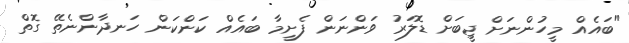
"ބައެއް މީހުންނަށް ޖީބަށް ޑޮލަރު ވަންނަން ފެށީމާ ބައެއް ކަންކަން ހަނދާންނެތޭ ގޮތް